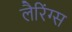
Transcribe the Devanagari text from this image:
लैरिंग्स